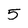
Character: 5